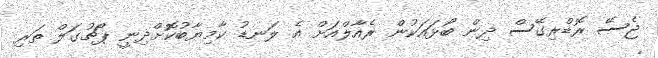
ޖެސޭ ރޮޑްރިގޭސް ދިން ބޯޅައަކުން ރެއާލްއަށް އެ ލަނޑު ކާމިޔާބުކޮށްދިނީ ޕޯޗުގަލް ތަރި